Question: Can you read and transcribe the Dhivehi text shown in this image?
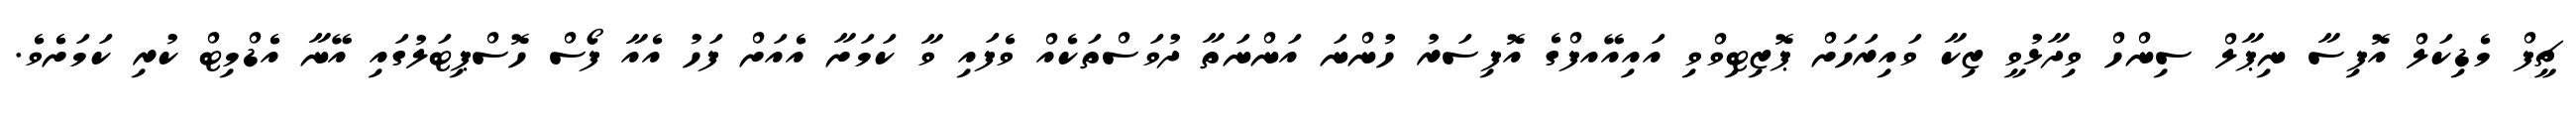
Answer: ޗީފް މެޑިކަލް އޮފިސާ ނިޕާލް ސިންހް ވިދާޅުވީ ޒިކާ ވައިރަހަށް ޕޮޒިޓިވްވި އައިއޭއފްގެ އޮފިސަރު ހުންނަ އަންނަތާ ދުވަސްތަކެއް ވެފައި ވާ ކަމަށާ އެއަށް ފަހު އެއާ ފޯސް ހޮސްޕިޓަލުގައި އޭނާ އެޑްމިޓް ކުރި ކަމަށެވެ.